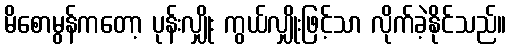
မိစောမွန်ကတော့ ပုန်းလျှိုး ကွယ်လျှိုးဖြင့်သာ လိုက်ခဲ့နိုင်သည်။